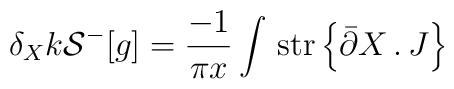
\delta_X k {\cal S}^-[g] = \frac{-1}{\pi x} \int \, \mbox{str}\left\{ \bar\partial X\, .\, J \right\} \,\,